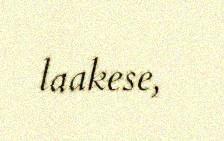
laakese,